Indian Civil Veterinary Department memoirs
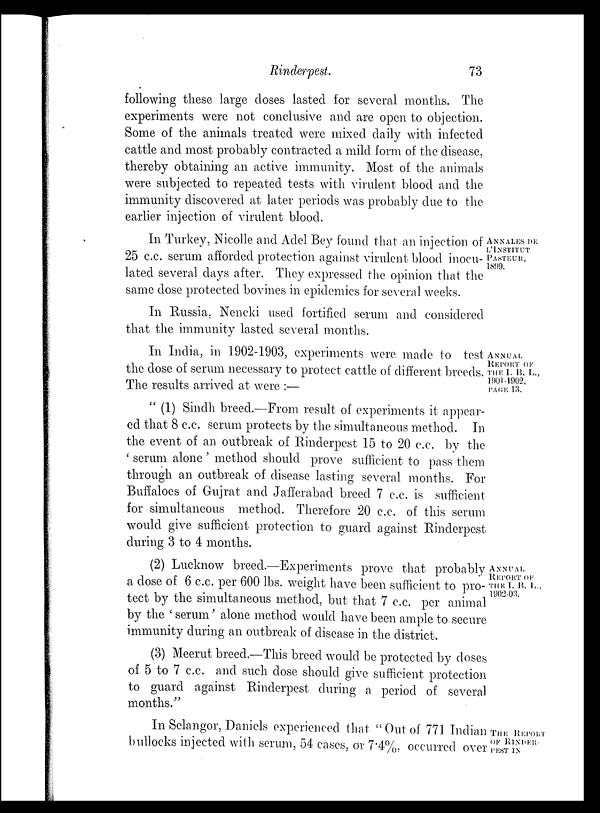
Rinderpest.
73
following these large doses lasted for several months. The
experiments were not conclusive and are open to objection.
Some of the animals treated were mixed daily with infected
cattle and most probably contracted a mild form of the disease,
thereby obtaining an active immunity. Most of the animals
were subjected to repeated tests with virulent blood and the
immunity discovered at later periods was probably due to the
earlier injection of virulent blood.
ANNALES DE
L'INSTITUT
PASTEUR,
1899.
In Turkey, Nicolle and Adel Bey found that an injection of
25 c.c. serum afforded protection against virulent blood inocu-
lated several days after. They expressed the opinion that the
same dose protected bovines in epidemics for several weeks.
In Russia, Nencki used fortified serum and considered
that the immunity lasted several months.
ANNUAL
REPORT OF
THE I. B. L.,
1901-1902,
PAGE 13.
In India, in 1902-1903, experiments were made to test
the dose of serum necessary to protect cattle of different breeds.
The results arrived at were :—
"(1) Sindh breed.—From result of experiments it appear-
ed that 8 c.c. serum protects by the simultaneous method. In
the event of an outbreak of Rinderpest 15 to 20 c.c. by the
'serum alone' method should prove sufficient to pass them
through an outbreak of disease lasting several months. For
Buffaloes of Gujrat and Jafferabad breed 7 c.c. is sufficient
for simultaneous method. Therefore 20 c.c. of this serum
would give sufficient protection to guard against Rinderpest
during 3 to 4 months.
ANNUAL
REPORT OF
THE I. B. L.,
1902-03.
(2) Lucknow breed.—Experiments prove that probably
a dose of 6 c.c. per 600 lbs. weight have been sufficient to pro-
tect by the simultaneous method, but that 7 c.c. per animal
by the 'serum' alone method would have been ample to secure
immunity during an outbreak of disease in the district.
(3) Meerut breed.—This breed would be protected by doses
of 5 to 7 c.c. and such dose should give sufficient protection
to guard against Rinderpest during a period of several
months."
THE
REPORT
OF RINDER¬
PEST IN
In Selangor, Daniels experienced that "Out of 771 Indian
bullocks injected with serum, 54 cases, or 7.4%, occurred over